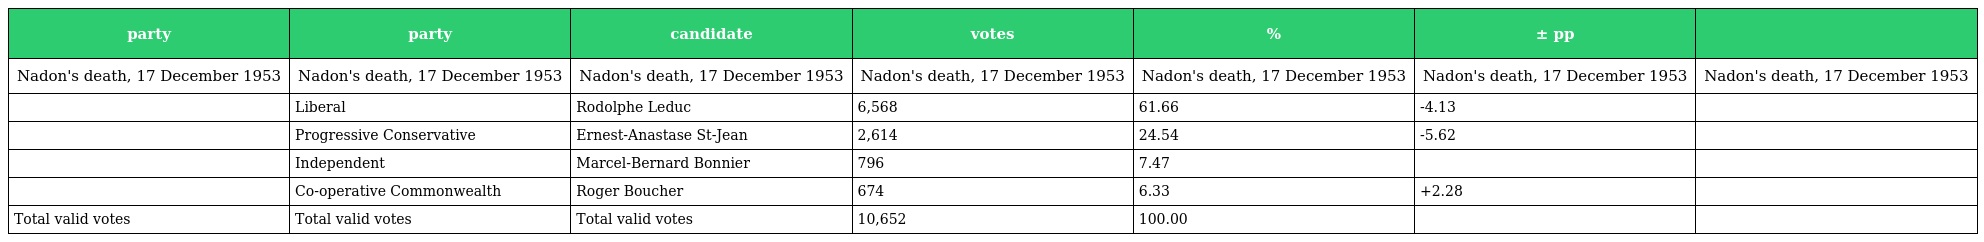
| party | party | candidate | votes | % | ± pp |  |
 | --- | --- | --- | --- | --- | --- | --- |
 | Nadon's death, 17 December 1953 | Nadon's death, 17 December 1953 | Nadon's death, 17 December 1953 | Nadon's death, 17 December 1953 | Nadon's death, 17 December 1953 | Nadon's death, 17 December 1953 | Nadon's death, 17 December 1953 |
 |  | Liberal | Rodolphe Leduc | 6,568 | 61.66 | -4.13 |  |
 |  | Progressive Conservative | Ernest-Anastase St-Jean | 2,614 | 24.54 | -5.62 |  |
 |  | Independent | Marcel-Bernard Bonnier | 796 | 7.47 |  |  |
 |  | Co-operative Commonwealth | Roger Boucher | 674 | 6.33 | +2.28 |  |
 | Total valid votes | Total valid votes | Total valid votes | 10,652 | 100.00 |  |  |